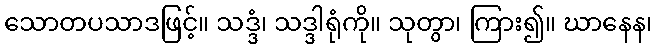
သောတပသာဒဖြင့်။ သဒ္ဒံ၊ သဒ္ဒါရုံကို။ သုတွာ၊ ကြား၍။ ဃာနေန၊